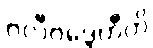
ဗလီဗဒ္ဒေဟီတိ